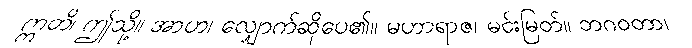
ဣတိ၊ ဤသို့။ အာဟ၊ လျှောက်ဆိုပေ၏။ မဟာရာဇ၊ မင်းမြတ်။ ဘဂဝတာ၊